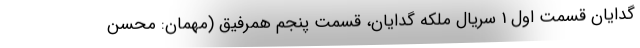
گدایان قسمت اول 1 سریال ملکه گدایان، قسمت پنجم همرفیق (مهمان: محسن